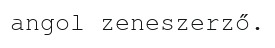
angol zeneszerző.